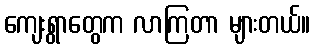
ကျေးရွာတွေက လာကြတာ များတယ်။